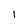
Character: 1